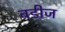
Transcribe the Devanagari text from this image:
बडीज